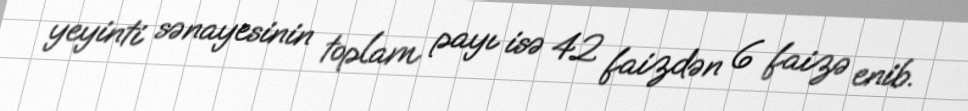
yeyinti sənayesinin toplam payı isə 42 faizdən 6 faizə enib.